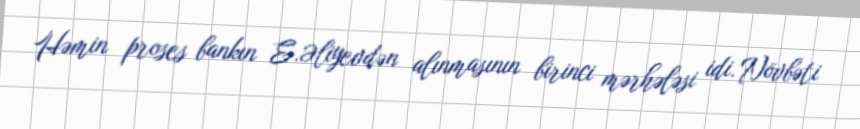
Həmin proses bankın E.Əliyevdən alınmasının birinci mərhələsi idi. Növbəti